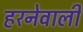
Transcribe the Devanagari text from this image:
हरनेवाली